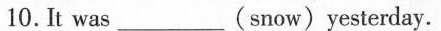
10.It was ___ (snow)yesterday.